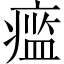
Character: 𱱞